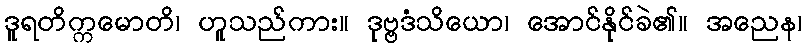
ဒူရတိက္ကမောတိ၊ ဟူသည်ကား။ ဒုဗ္ဗဒံသိယော၊ အောင်နိုင်ခဲ၏။ အညေန၊